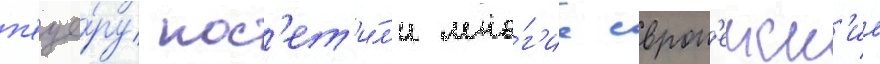
п'еще́ру пос'ет'и́л'и мно́г'ие европ'еиск'ие